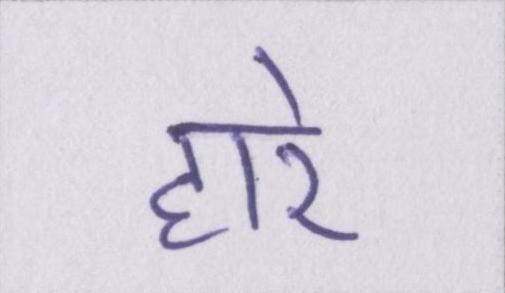
हारे